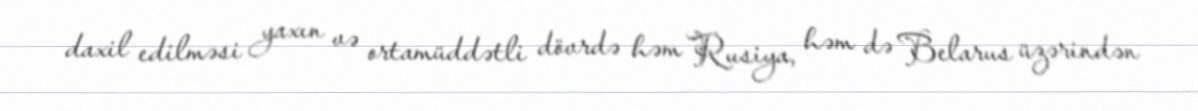
daxil edilməsi yaxın və ortamüddətli dövrdə həm Rusiya, həm də Belarus üzərindən